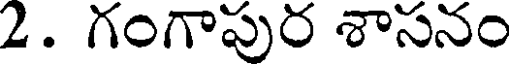
2. గంగాపుర శాసనం